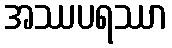
အဿပရဿာ